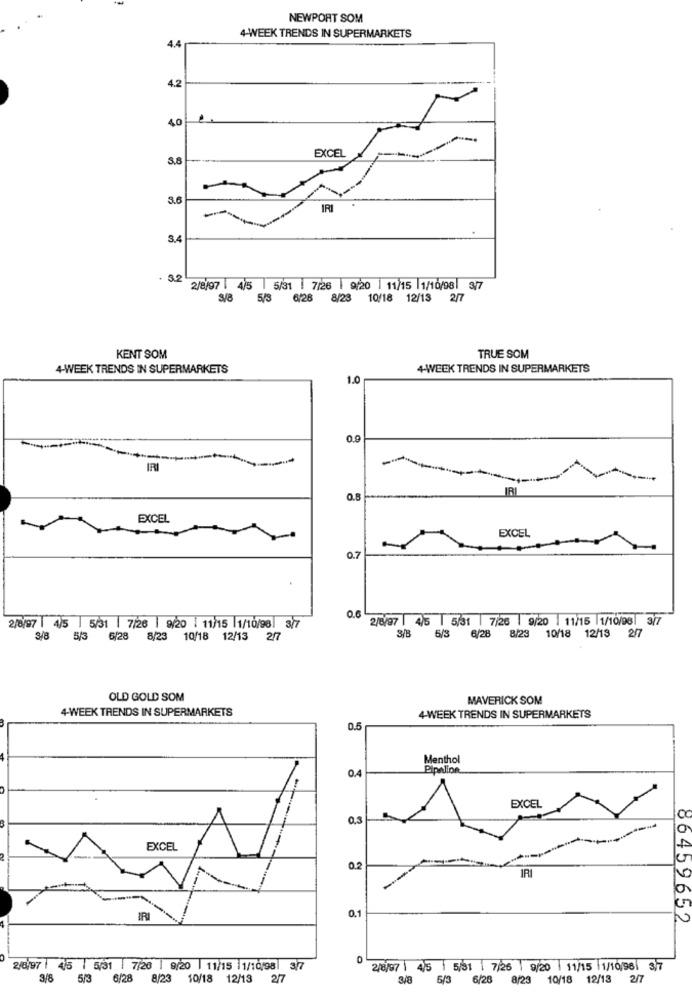
NEWPORT SOM
4-WEEK TRENDS IN SUPERMARKETS
4.4
4.2
40
EXCEL
S.8
3.6
3.4
. 3.2
2/8/97 | 4/5 5/31 7/26 9/20 11/15 1/10/98 3/7
3/8
6/28 8/23 10/18 12/13 2/7
KENT SOM
TRUE SOM
4-WEEK TRENDS IN SUPERMARKETS
4-WEEK TRENDS IN SUPERMARKETS
1.0
0.9
IRI
IRI
0.8
EXCEL
EXCEL
0.7
2/8/97 | 4/5 5/31 7/26 9/20 11/15 1/10/98 3/7
2/8/97 | 4/5 | 5/31 |7/26 | 9/20 11/15 1/10/96 3/7
3/8
5/3
6/28
8/2
10/18 12/13 2/7
3/8
5/3 6/28 8/23 10/18 12/13 2/7
OLD GOLD SOM
MAVERICK SOM
4-WEEK TRENDS IN SUPERMARKETS
4-WEEK TRENDS IN SUPERMARKETS
0.5
Menthol
Pipelion
0.4
EXCEL
a.3
EXCEL
0.2
0.1
86459652
2/6,97 45 | 5/31 | 7/26 | 9/20 11/15 1/10/98 3/7
2/8/97 4/5 5/91 7/26 9/20 11/15 1/10/981 3/7
3/8
5/3
6/28 8/23 10/18 12/13 2/7
3/8
5/3 6/28
8/23 10/18 12/13 2/7